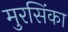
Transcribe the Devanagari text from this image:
मुरसिंका